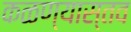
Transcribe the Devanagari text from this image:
कळण्यास्तव